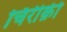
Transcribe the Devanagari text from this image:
चिरीक़ी